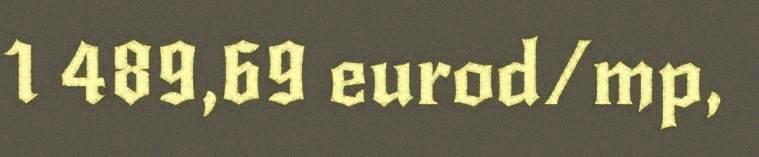
1 489,69 eurod/mp,